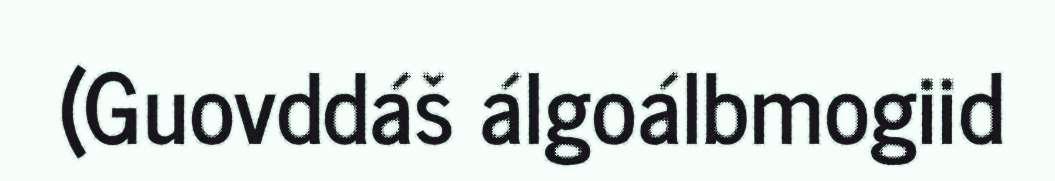
(Guovddáš álgoálbmogiid